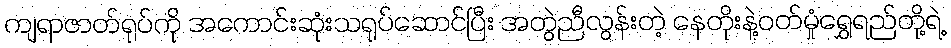
ကျရာဇာတ်ရုပ်ကို အကောင်းဆုံးသရုပ်ဆောင်ပြီး အတွဲညီလွန်းတဲ့ နေတိုးနဲ့ဝတ်မှုံရွှေရည်တို့ရဲ့